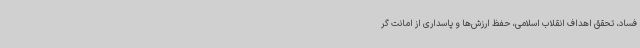
فساد، تحقق اهداف انقلاب اسلامی، حفظ ارزش‌ها و پاسداری از امانت گر